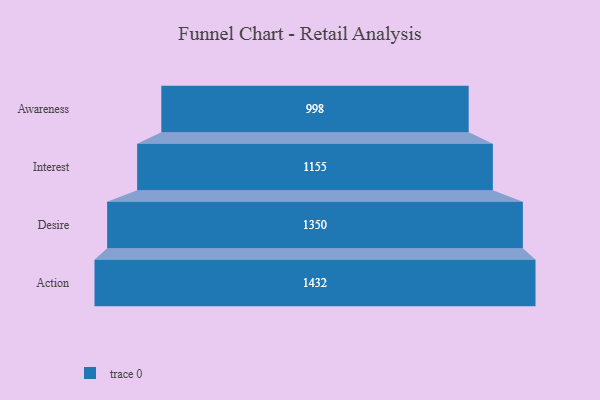
{"axis": {"x": "Stage", "y": "Value"}, "legend": [""], "data": [{"x": "Awareness", "y": 998.0, "type": ""}, {"x": "Interest", "y": 1155.0, "type": ""}, {"x": "Desire", "y": 1350.0, "type": ""}, {"x": "Action", "y": 1432.0, "type": ""}]}